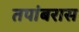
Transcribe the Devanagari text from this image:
तपांबरास